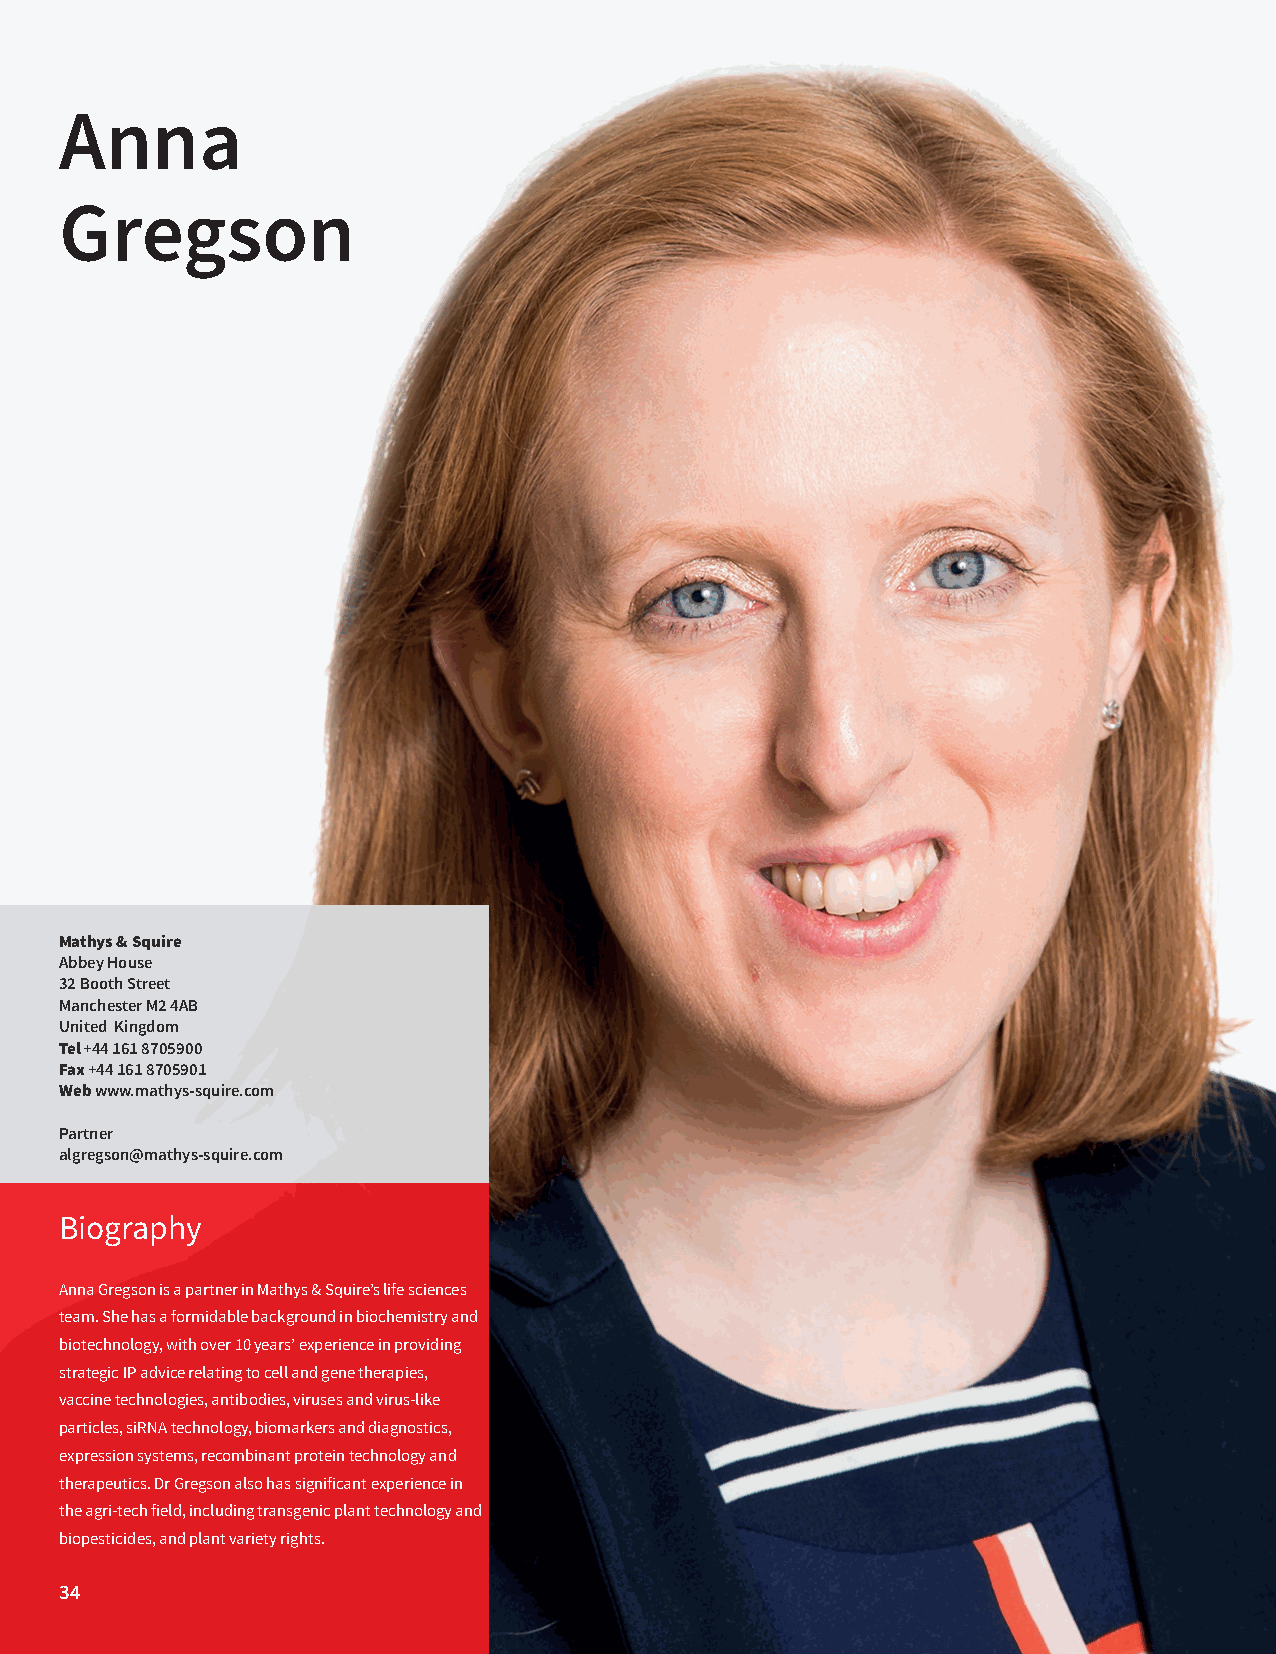
Anna
 Gregson
 Mathys & Squire
 Abbey House
 32 Booth Street
 Manchester M2 4AB
 United Kingdom
 Tel +44 161 8705900
 Fax +44 161 8705901
 Web www.mathys-squire.com
 Partner
 algregson@mathys-squire.com
 Biography
 Anna Gregson is a partner in Mathys & Squire’s life sciences
 team. She has a formidable background in biochemistry and
 biotechnology, with over 10 years’ experience in providing
 strategic IP advice relating to cell and gene therapies,
 vaccine technologies, antibodies, viruses and virus-like
 particles, siRNA technology, biomarkers and diagnostics,
 expression systems, recombinant protein technology and
 therapeutics. Dr Gregson also has significant experience in
 the agri-tech field, including transgenic plant technology and
 biopesticides, and plant variety rights.
 34